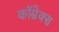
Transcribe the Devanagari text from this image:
कॉम्रेक्स